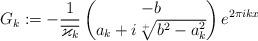
LaTeX: \begin{align*}G_k:=-\frac{1}{\overline{\varkappa_k}}\begin{pmatrix}-b\\a_k+i \sqrt[+]{b^2-a_k^2}\end{pmatrix}e^{2\pi i k x}\end{align*}